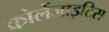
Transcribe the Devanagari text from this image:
कोलेंजाइटिस